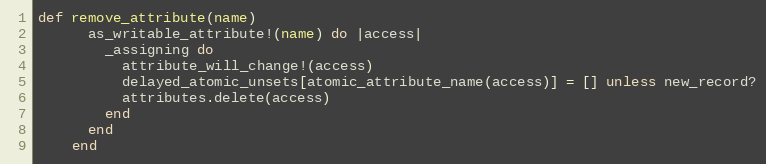
Language: Ruby
def remove_attribute(name)
      as_writable_attribute!(name) do |access|
        _assigning do
          attribute_will_change!(access)
          delayed_atomic_unsets[atomic_attribute_name(access)] = [] unless new_record?
          attributes.delete(access)
        end
      end
    end